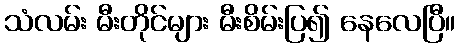
သံလမ်း မီးတိုင်များ မီးစိမ်းပြ၍ နေလေပြီ။